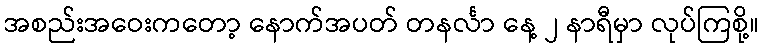
အစည်းအဝေးကတော့ နောက်အပတ် တနင်္လာ နေ့ ၂ နာရီမှာ လုပ်ကြစို့။